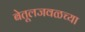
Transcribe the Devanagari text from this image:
बेतूलजवळच्या